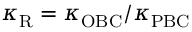
\kappa _ { \mathrm { R } } = \kappa _ { \mathrm { O B C } } / \kappa _ { \mathrm { P B C } }